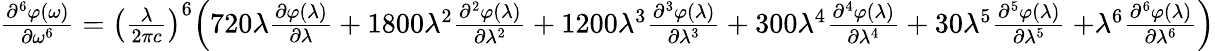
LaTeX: {\begin{array}{l}{{\frac{{\partial}^{6}\varphi\mathrm{(}\omega\mathrm{)}}{\partial{\omega}^{\mathrm{6}}}}={\left({\frac{\lambda}{\mathrm{2}\pi c}}\right)}^{\mathrm{6}}{\Bigl(}\mathrm{720}\lambda{\frac{\partial\varphi\mathrm{(}\lambda\mathrm{)}}{\partial\lambda}}+\mathrm{1800}{\lambda}^{\mathrm{2}}{\frac{{\partial}^{2}\varphi\mathrm{(}\lambda\mathrm{)}}{\partial{\lambda}^{\mathrm{2}}}}+\mathrm{1200}{\lambda}^{\mathrm{3}}{\frac{{\partial}^{3}\varphi\mathrm{(}\lambda\mathrm{)}}{\partial{\lambda}^{\mathrm{3}}}}+\mathrm{300}{\lambda}^{\mathrm{4}}{\frac{{\partial}^{4}\varphi\mathrm{(}\lambda\mathrm{)}}{\partial{\lambda}^{\mathrm{4}}}}+\mathrm{30}{\lambda}^{\mathrm{5}}{\frac{{\partial}^{5}\varphi\mathrm{(}\lambda\mathrm{)}}{\partial{\lambda}^{\mathrm{5}}}}\mathrm{\ +}{\lambda}^{\mathrm{6}}{\frac{{\partial}^{6}\varphi\mathrm{(}\lambda\mathrm{)}}{\partial{\lambda}^{\mathrm{6}}}}{\Bigr)}}\end{array}}